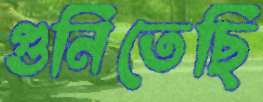
গুনিতেছি